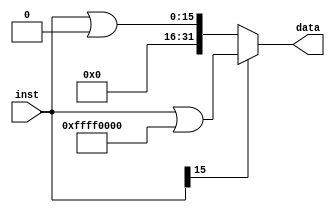
module signext(
    input [15:0] inst,
    output [31:0] data
    );
assign data =  (inst[15]) ? (inst|32'hfffff0000) : (inst|32'h00000000);
endmodule